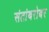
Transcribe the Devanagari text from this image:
संतांबरोबर